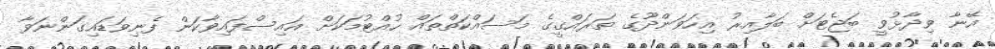
އޭނާ ވިދާޅުވީ ބަޖެޓަށް ބަލާއިރު އިހަވަންދޫގެ ތަރައްގީގެ މަސައްކަތްތައް ހުއްޓުމަކަށް އައިސްފައިވާކަން ފެނިވަޑައިގަންނަވާ